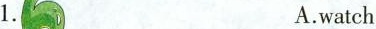
1、 A.watch